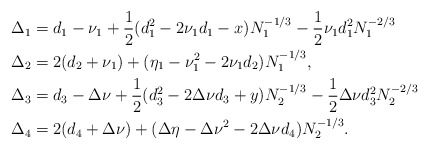
\begin{align*} \Delta_1&=d_1-\nu_1+\frac12(d_1^2-2\nu_1 d_1-x)N_1^{-1/3}-\frac 12\nu_1d_1^2N_1^{-2/3}\\\Delta_2&=2(d_2+\nu_1)+(\eta_1-\nu_1^2-2\nu_1d_2)N_1^{-1/3},\\\Delta_3&=d_3-\Delta\nu+\frac12(d_3^2-2\Delta\nu d_3+y)N_2^{-1/3}-\frac 12\Delta\nu d_3^2N_2^{-2/3}\\\Delta_4&=2(d_4+\Delta\nu)+(\Delta\eta-\Delta\nu^2-2\Delta\nu d_4)N_2^{-1/3}.\end{align*}